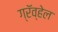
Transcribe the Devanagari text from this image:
ग्रॅव्हेल